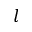
l